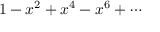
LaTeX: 1 - x ^ { 2 } + x ^ { 4 } - x ^ { 6 } + \cdots